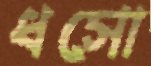
ধসো